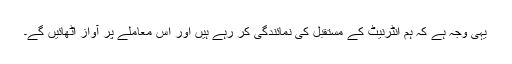
یہی وجہ ہے کہ ہم انٹرنیٹ کے مستقبل کی نمائندگی کر رہے ہیں اور اس معاملے پر آواز اٹھائیں گے۔